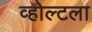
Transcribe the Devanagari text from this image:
व्होल्टला